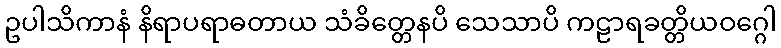
ဥပါသိကာနံ နိရာပရာဓတာယ သံခိတ္တေနပိ သေသာပိ ကဠာရခတ္တိယဝဂ္ဂေါ